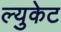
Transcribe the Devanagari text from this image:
ल्युकेट